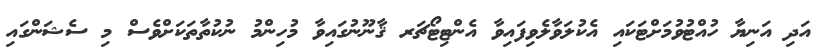
އަދި އަނިޔާ ހުއްޓުވުމަށްޓަކައި އެކުލަވާލެވިފައިވާ އެންޓިޓޯޗަރ ޤާނޫނުގައިވާ މުހިންމު ނުކުތާތަކަށްވެސް މި ސެޝަންގައި